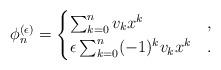
LaTeX: \begin{align*} \phi_n^{(\epsilon)} = \begin{cases} \sum_{k=0}^n v_k x^k & , \\ \epsilon \sum_{k=0}^n (-1)^k v_k x^k & . \end{cases} \end{align*}